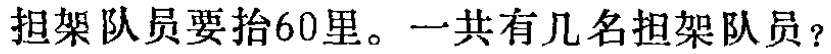
担架队员要抬60里。一共有几名担架队员？